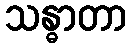
သန္ဓာတာ